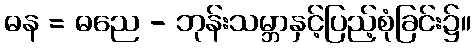
ဓန = ဓညေ - ဘုန်းသမ္ဘာနှင့်ပြည့်စုံခြင်း၌။